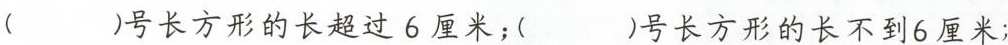
( )号长方形的长超过6厘米;( )号长方形的长不到6厘米;